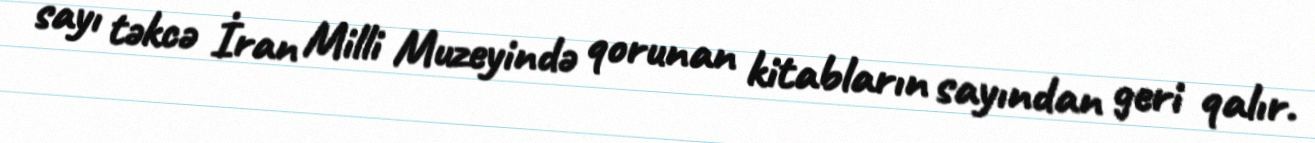
sayı təkcə İran Milli Muzeyində qorunan kitabların sayından geri qalır.